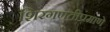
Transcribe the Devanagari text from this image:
शिरगणतीप्रमाणे